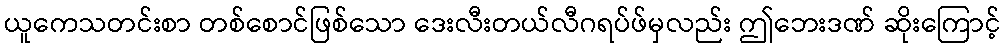
ယူကေသတင်းစာ တစ်စောင်ဖြစ်သော ဒေးလီးတယ်လီဂရပ်ဖ်မှလည်း ဤဘေးဒဏ် ဆိုးကြောင့်